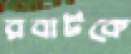
রবার্টকে